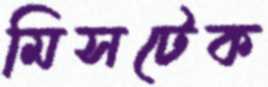
মিসটেক